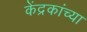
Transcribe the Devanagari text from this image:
केंद्रकांच्या